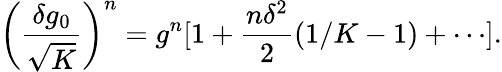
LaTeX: \left(\frac{\delta g_{0}}{\sqrt{K}}\right)^{n}=g^{n}[1+\frac{n\delta^{2}}{2}(1/K-1)+\cdots].